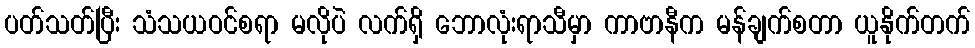
ပတ်သတ်ပြီး သံသယဝင်စရာ မလိုပဲ လက်ရှိ ဘောလုံးရာသီမှာ ကာဗာနီက မန်ချက်စတာ ယူနိုက်တက်